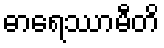
ဓာရေဿာမီတိ